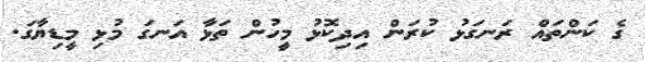
ގެ ކަންތައް ރަނގަޅު ކުރަން އިދިކޮޅު މީހުން ތަޅާ އަނގަ މުޅި މީޑިޔާގަ.